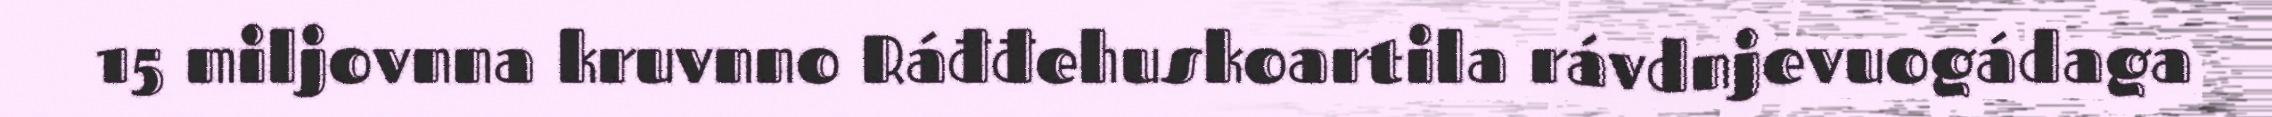
15 miljovnna kruvnno Ráđđehuskoartila rávdnjevuogádaga